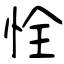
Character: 恮